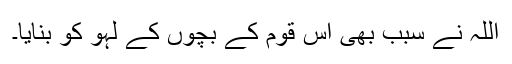
اللہ نے سبب بھی اس قوم کے بچوں کے لہو کو بنایا۔